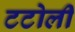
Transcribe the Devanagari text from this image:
टटोली